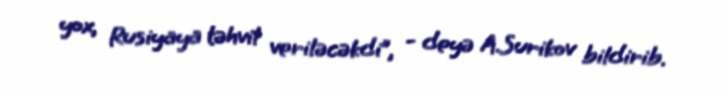
yox, Rusiyaya təhvil veriləcəkdi”, - deyə A.Surikov bildirib.